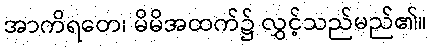
အာကိရတေ၊ မိမိအထက်၌ လွှင့်သည်မည်၏။